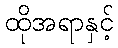
ထိုအရာနှင့်